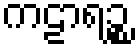
ကဠာရဉ္စ